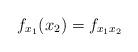
LaTeX: \begin{align*} f_{x_1}(x_2) = f_{x_1 x_2}\end{align*}